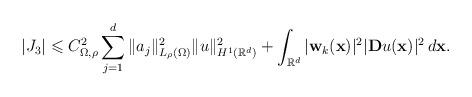
LaTeX: \begin{align*}\vert J_3\vert \leqslant C_{\Omega ,\rho}^2\sum \limits _{j=1}^d \Vert a_j\Vert ^2_{L_\rho (\Omega)}\Vert u\Vert ^2_{H^1(\mathbb{R}^d)}+\int _{\mathbb{R}^d}\vert \mathbf{w}_k(\mathbf{x})\vert ^2\vert \mathbf{D}u(\mathbf{x})\vert ^2\,d\mathbf{x}.\end{align*}